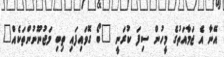
އޭނާ އެ ޖަމާއަތުގެ މީހުން ސިފަ ކުރަނީ "ބޯ ގޮވައިފައި ތިބި މަޖުނޫނުންތަކެއް"